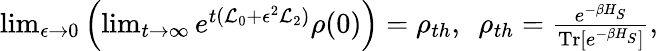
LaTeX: \begin{array}{r}{\operatorname*{lim}_{\epsilon\to 0}\left(\operatorname*{lim}_{t\to\infty}e^{t(\mathcal{L}_{0}+\epsilon^{2}\mathcal{L}_{2})}\rho(0)\right)=\rho_{th},~~\rho_{th}=\frac{e^{-\beta H_{S}}}{\mathrm{Tr}[e^{-\beta H_{S}}]},}\end{array}